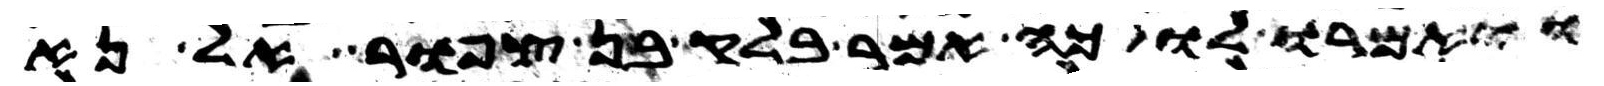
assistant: ויאמרו לו כה אמר בלק בן צפור אל נא